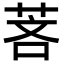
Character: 𬜵